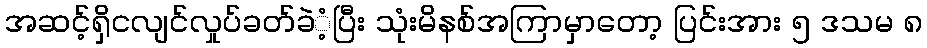
အဆင့်ရှိငလျင်လှုပ်ခတ်ခဲံ့ပြီး သုံးမိနစ်အကြာမှာတော့ ပြင်းအား ၅ ဒသမ ၈